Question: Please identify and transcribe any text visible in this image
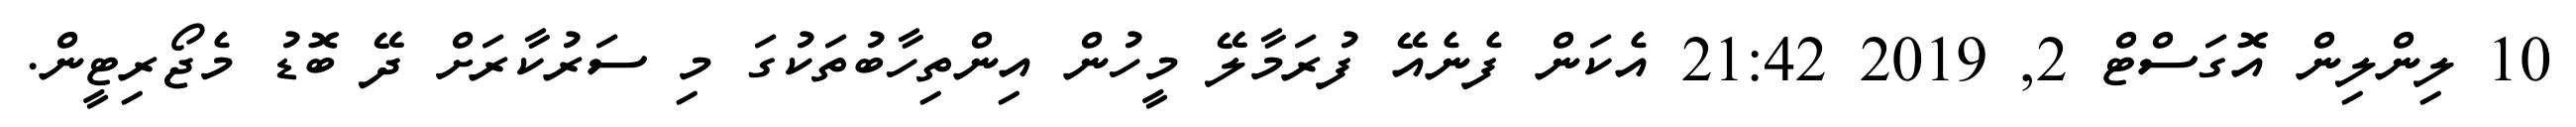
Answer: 10 ލިންލިން އޮގަސްޓް 2, 2019 21:42 އެކަން ފެނެއޭ ފުރަމާލޭ މީހުން އިންތިހާބުތަކުގަ މި ސަރުކާރަށް ދޭ ބޮޑު މެޖޯރިޓީން.